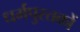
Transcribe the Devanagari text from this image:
धर्मपुस्तकों